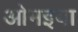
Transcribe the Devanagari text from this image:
ओमइया